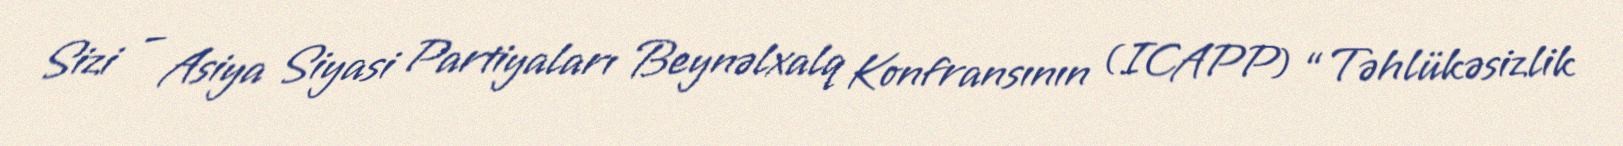
Sizi – Asiya Siyasi Partiyaları Beynəlxalq Konfransının (ICAPP) “Təhlükəsizlik